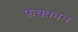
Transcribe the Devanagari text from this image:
फ़क्कान